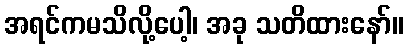
အရင်ကမသိလို့ပေါ့၊ အခု သတိထားနော်။